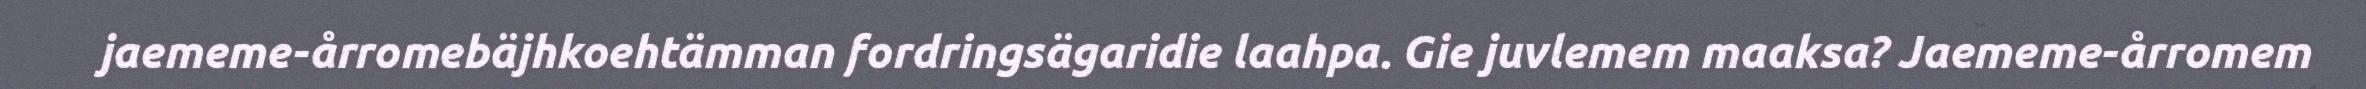
jaememe-årromebäjhkoehtämman fordringsägaridie laahpa. Gie juvlemem maaksa? Jaememe-årromem